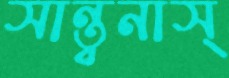
সান্ত্বনাস্